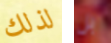
لذلك بل